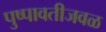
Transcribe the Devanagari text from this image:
पुष्पावतीजवळ